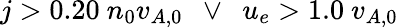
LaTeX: j>0.20\ n_{0}v_{A,0}\ \ \lor\ \ u_{e}>1.0\ v_{A,0}